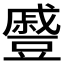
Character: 𮙖